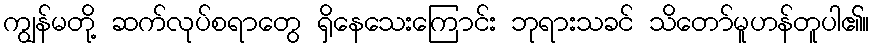
ကျွန်မတို့ ဆက်လုပ်စရာတွေ ရှိနေသေးကြောင်း ဘုရားသခင် သိတော်မူဟန်တူပါ၏။